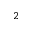
^ 2